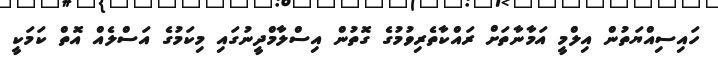
ހައިސިއްޔަތުން އިލްމީ އަމާނާތަށް ރައްކާތެރިވުމުގެ ގޮތުން އިސްލާމްދީނުގައި މިކަމުގެ އަސްލެއް އޮތް ކަމަކީ